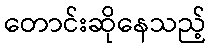
တောင်းဆိုနေသည့်